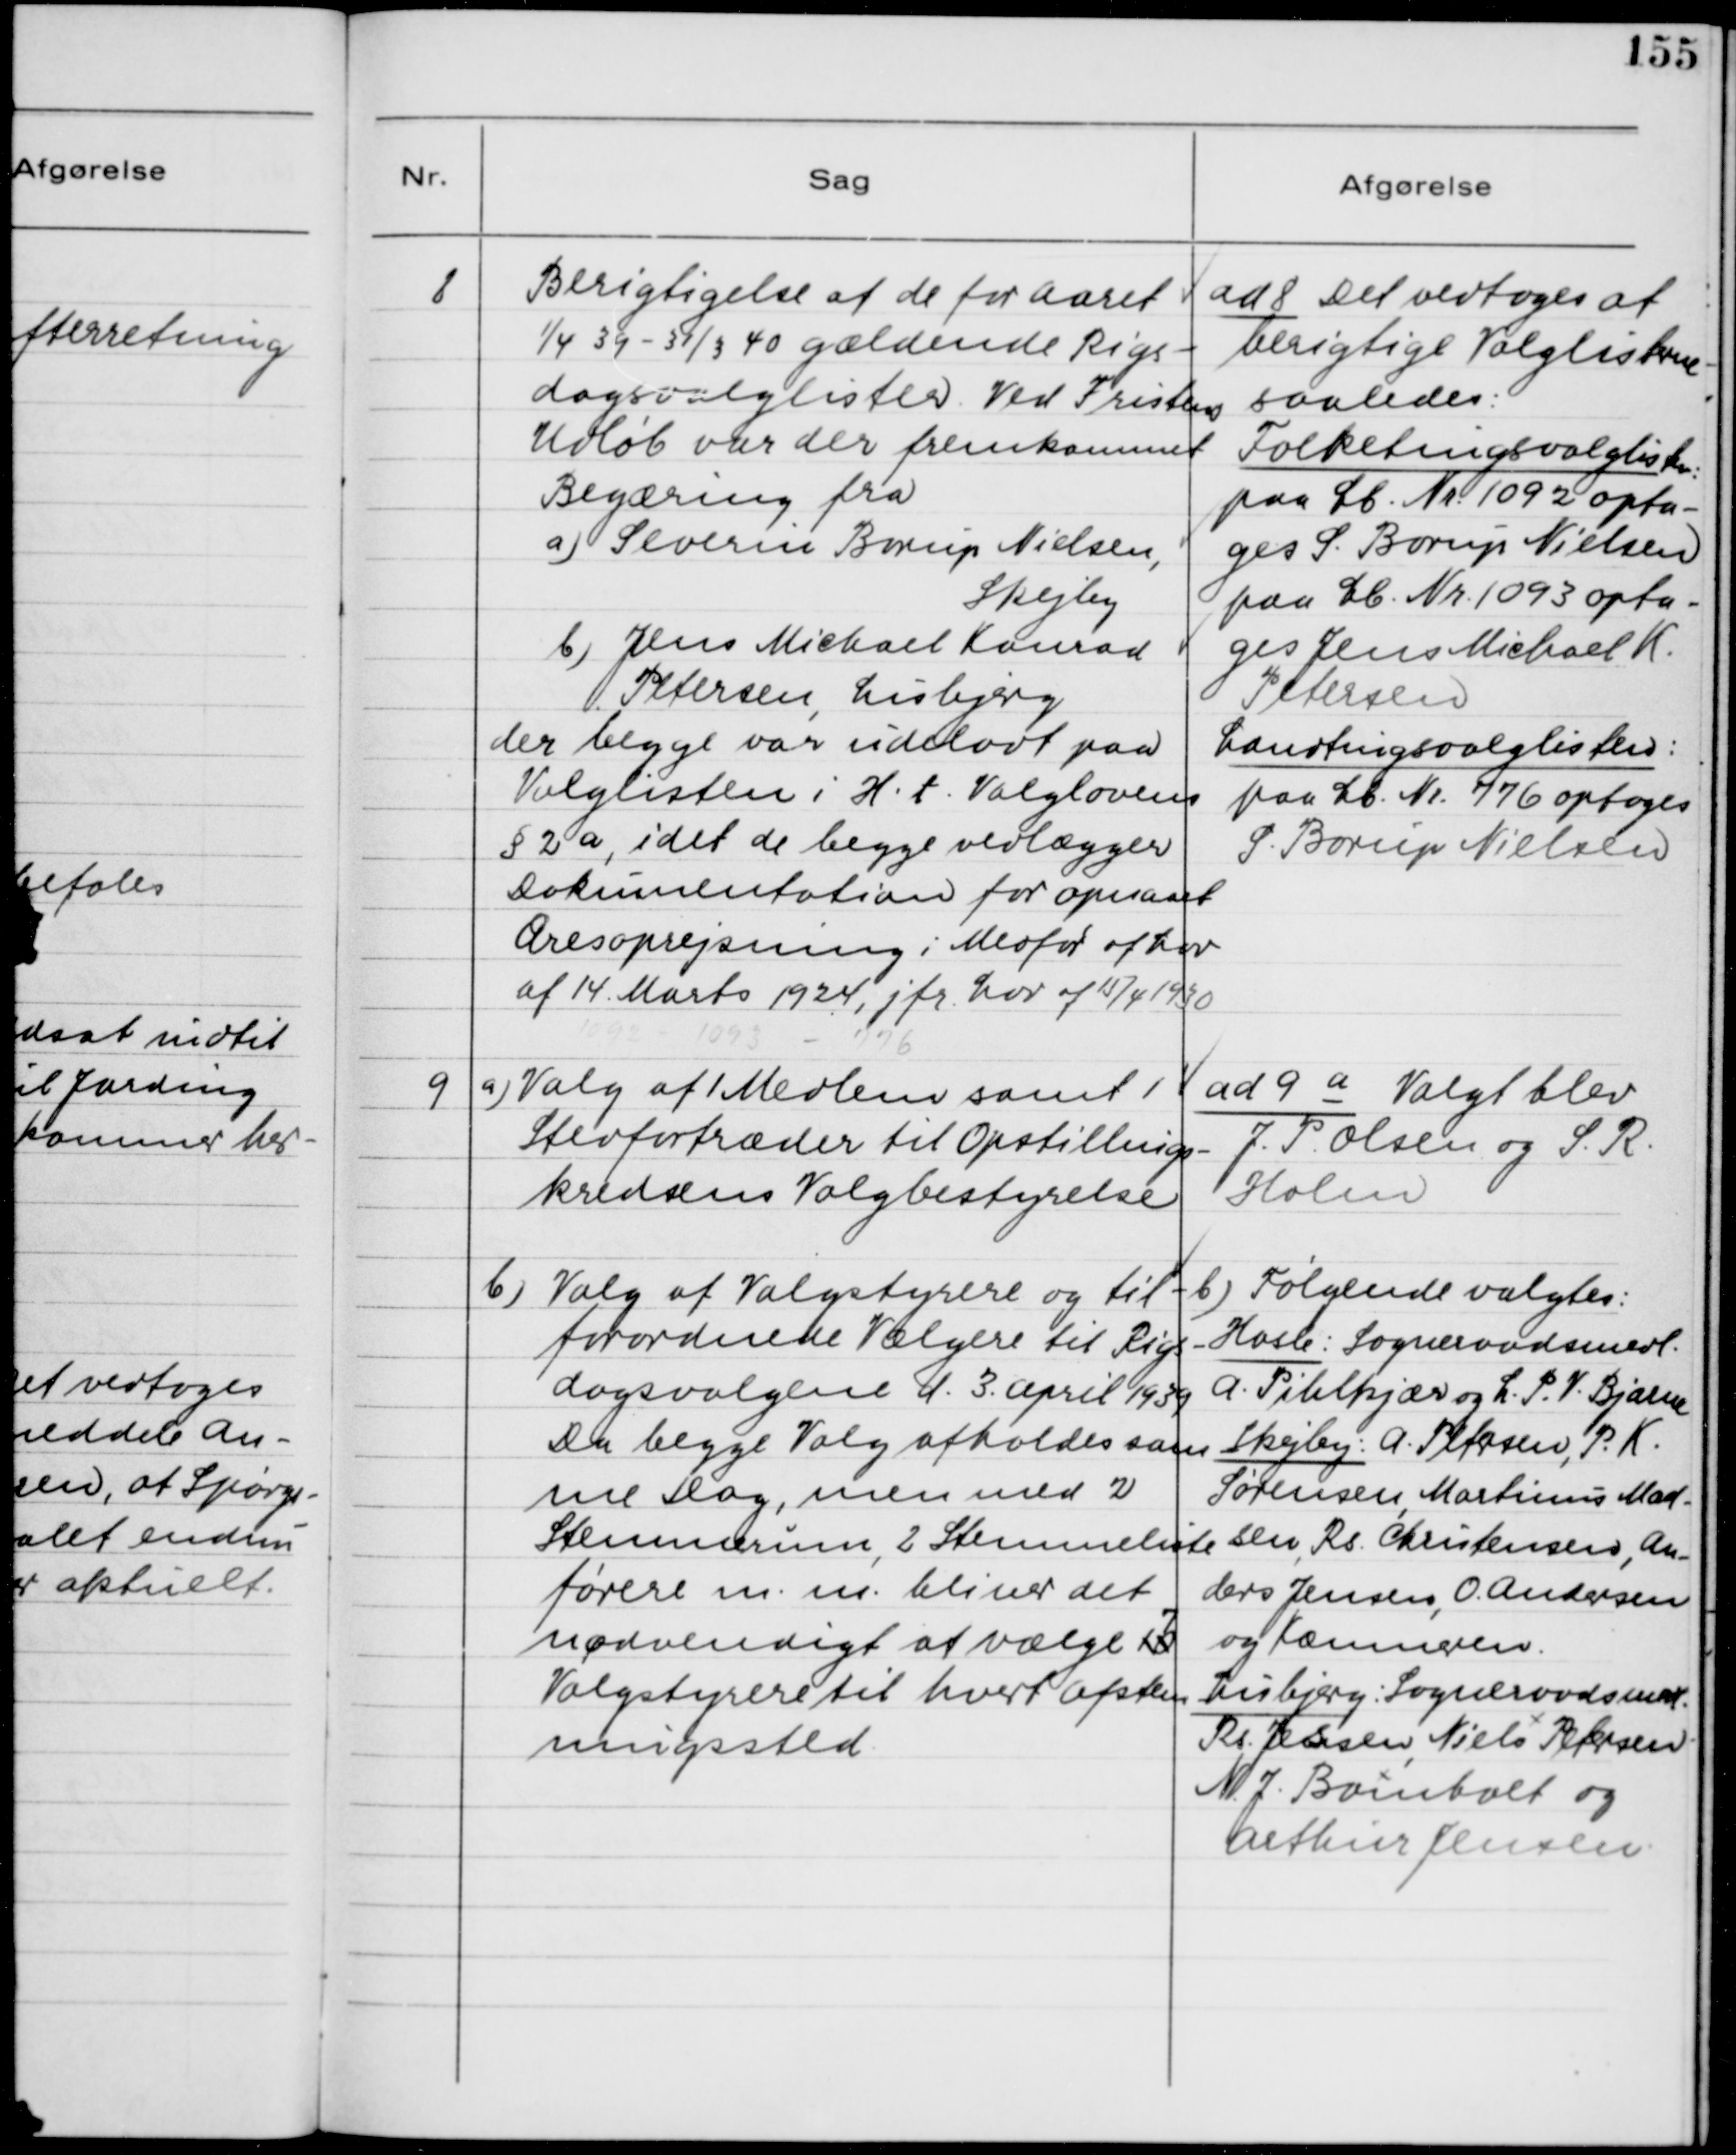
Transskription:
8. Berigtigelse af de for Aaret
1/4 39 - 31/3 40 gældende Rigs-
dagsvalgslister. Ved Fristens
Udløb var der fremkommet
Begæring fra
a) Severin Borup Nielsen,
Skejby
b) Jens Michael Konrad
Petersen, Lisbjerg
der begge var udeladt paa
Valglisten i H.t. Valglovens
§ 2a, idet de begge vedlægger
Dokumentation for opnaaet
Æresoprejsning i Medfør af Lov
af 14. Marts 1924, jfr. Lov af 15/4 1930.

ad 8. Det vedtoges at
berigtige Valglisterne
saaledes:
Folketingsvalglisten
paa Lb. Nr. 1092 opta-
ges S. Borup Nielsen
paa Lb. Nr. 1093 opta-
ges Jens Michael K.
Petersen
Landtingsvalglisten:
paa Lb. Nr. 776 optages
S. Borup Nielsen

9. a) Valg af 1 Medlem samt 1
Stedfortræder til Opstillings-
kredsens Valgbestyrelse
b) Valg af Valgstyrere og til-
forordnede Vælgere til Rigs-
dagsvalgene d. 3. April 1939.
Da begge Valg afholdes sam-
me Dag, men med 2
Stemmerum, 2 Stemmeliste
førere m.m. bliver det
nødvendigt at vælge 107
Valgstyrere til hvert Afstem-
ningssted

ad 9 a Valgt blev
J. P. Olsen og S. R.
Holm
b)Følgende valgtes:
Hasle: Sogneraadsmedl.,
A. Pihlkjær og L. P. V. Bjarne
Skejby: A. Petersen, P. K.
Sørensen, Martinus Mad-
sen, Rs. Christensen, An-
ders Jensen, O. Andersen
og Kæmneren.
Lisbjerg: Sogneraadsmedl.,
Rs. Jessen, Niels Petersen,
N. J. Bomholt og
Arthur Jensen